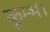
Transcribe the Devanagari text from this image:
कुम्भ।